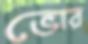
ভোর